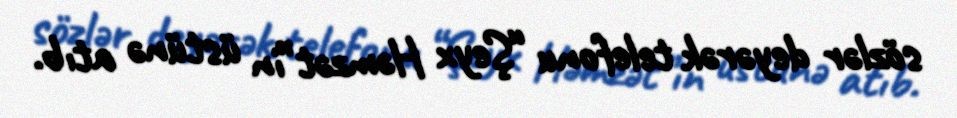
sözlər deyərək telefonu “Şeyx Həmzət”in üstünə atıb.